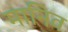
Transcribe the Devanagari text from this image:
मानिव